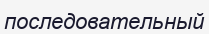
последовательный